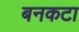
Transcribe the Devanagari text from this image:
बनकटा